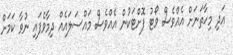
އަދި މިހާތަނަށް އެއްވެސް ވޯޓު ފޮށްޓަކުން އެއްވެސް މައްސަލައެއް ދިމާވެފައި ނުވާ ކަަމަށް